Vaccination report Assam 1896-1927 - 1896-1927
Year: 1896
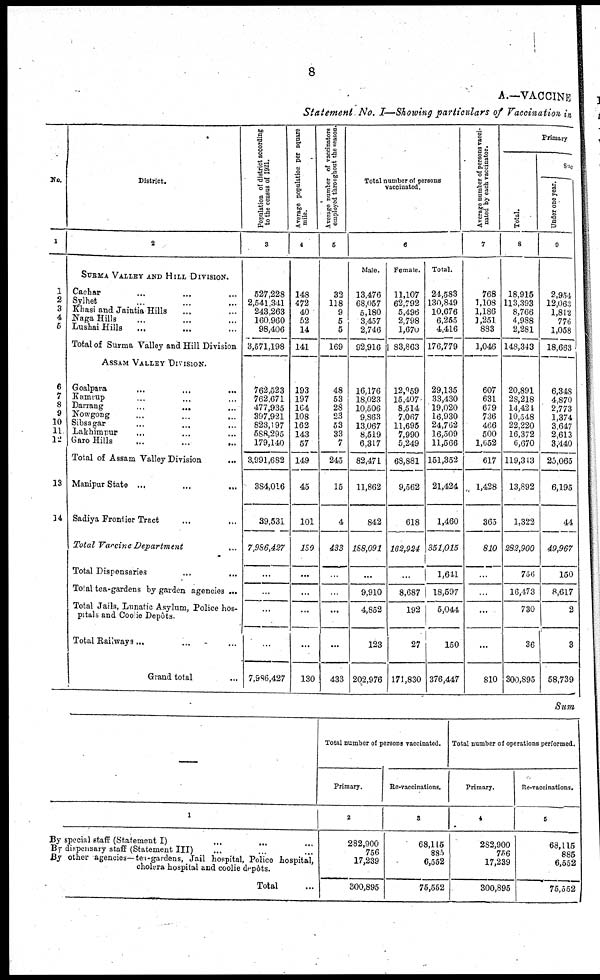
8
A.—VACCINE
Statement No. I—Showing particulars of Vaccination in
No.
1
1
2
3
4
5
6
7
8
9
10
11
12
13
14
District.
2
SURMA VALLEY AND HILL DIVISION.
Cachar ... ... ...
Sylhet ... ... ...
Khasi and Jaintia Hills ... ...
Naga Hills ... ... ...
Lushai Hills ... ... ...
Total of Surma Valley and Hill Division
ASSAM VALLEY DIVISION.
Goalpara ... ... ...
Kamrup ... ... ...
Darrang ... ... ...
Nowgong ... ... ...
Sibsagar
...
...
...
Lakhimpur ... ... ...
Garo Hills
...
...
...
Total of Assam Valley Division ...
Manipur State ... ... ...
Sadiya Frontier Tract ... ... ...
Total Vaccine Department
...
Total Dispensaries ... ...
Total tea-gardens by garden agencies ...
Total Jails, Lunatic Asylum, Police hos-
pitals and Coolie Depôts.
Total Railways ...
Grand total ...
Population of district according
to the census of 1921.
3
527,228
2,541,341
243,263
160,960
98,406
3,571,198
762,523
762,671
477,935
397,921
823,197
588,295
179,140
3,991,682
384,016
39,531
7,986,427
...
...
...
...
7,986,427
Average population per square
mile.
4
148
472
40
52
14
141
193
197
164
108
162
143
57
149
45
101
130
...
...
...
...
130
Average number of vaccinators
employed throughout the Reason.
5
32
118
9
5
5
169
48
53
28
23
53
33
7
245
15
4
433
...
...
...
...
433
Total number of persons
vaccinated.
6
Male.
13,476
68,057
5,180
3,457
2,746
92,916
16,176
18,023
10,506
9,863
13,067
8,519
6,317
82,471
11,862
842
188,091
...
9,910
4,852
123
202,976
Female.
11,107
62,792
5,496
2,798
1,670
83,863
12,959
15,407
8,514
7,067
11,695
7,990
5,249
68,881
9,562
618
162,924
...
8,687
192
27
171,830
Total.
24,583
130,849
10,676
6,255
4,416
176,779
29,135
33,430
19,020
16,930
24,762
16,509
11,566
151,352
21,424
1,460
351,015
1,641
18,597
5,044
150
376,447
Average number of persons vacci-
nated by each vaccinator.
7
768
1,108
1,186
1,251
883
1,046
607
631
679
736
466
500
1,652
617
1,428
365
810
...
...
...
...
810
Primary
Total.
8
18,915
113,393
8,766
4,988
2,281
148,343
20,891
28,218
14,424
10,548
22,220
16,372
6,670
119,343
13,892
1,322
282,900
756
16,473
730
36
300,895
Suc
Under one year.
9
2,954
12,063
1,812
776
1,058
18,663
6,348
4,870
2,773
1,374
3,647
2,613
3,440
25,065
6,195
44
49,967
150
8,617
2
3
58,739
Sum
1
By special staff (Statement I)
...
... ...
By dispensary staff (Statement III) ... ...
By other agencies—tea-gardens, Jail hospital, Police hospital,
cholera hospital and coolie depôts.
Total ...
Total number of persons vaccinated.
Primary.
2
282,900
756
17,239
300,895
Re-vaccinations.
3
68,115
885
6,552
75,552
Total number of operations performed.
Primary.
4
282,900
756
17,239
300,895
Re-vaccinations.
5
68,115
885
6,552
75,552